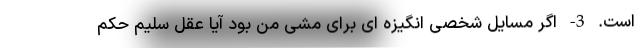
است. 3- اگر مسایل شخصی انگیزه ای برای مشی من بود آیا عقل سلیم حکم